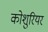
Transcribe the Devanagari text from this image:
कोशुरियर